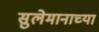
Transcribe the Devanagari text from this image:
सुलेमानाच्या